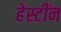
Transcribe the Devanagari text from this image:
हेस्टींन